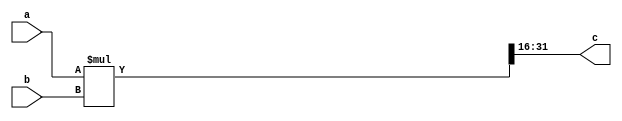
module multiplier(input [15:0] a,b, output [15:0] c);
	wire [31:0]temp;
	assign temp = a*b;
	assign c = temp[31:16];
endmodule